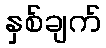
နှစ်ချက်